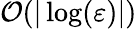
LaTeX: {\mathcal{O}}(|\log(\varepsilon)|)